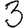
Digit: 3